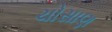
ચોસાણ